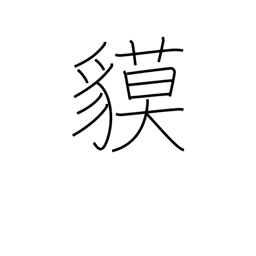
Meaning: tapir